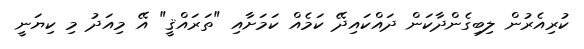
ކުރިއެރުން ލިބިގެންދާކަން ދައްކައިދޭ ކަމެއް ކަމަށާއި "ތަރައްޤީ" އޭ މިއަދު މި ކިޔަނީ